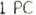
1 PC